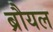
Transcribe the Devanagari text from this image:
ब्रौयल